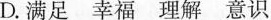
D. 满足 幸福 理解 意识